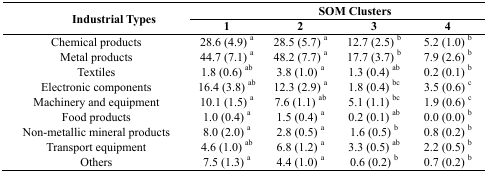
<table><thead><tr><td rowspan="2"><b>Industrial Types</b></td><td colspan="4"><b>SOM Clusters</b></td></tr><tr><td><b>1</b></td><td><b>2</b></td><td><b>3</b></td><td><b>4</b></td></tr></thead><tbody><tr><td>Chemical products</td><td>28.6 (4.9) <sup>a</sup></td><td>28.5 (5.7) <sup>a</sup></td><td>12.7 (2.5) <sup>b</sup></td><td>5.2 (1.0) <sup>b</sup></td></tr><tr><td>Metal products</td><td>44.7 (7.1) <sup>a</sup></td><td>48.2 (7.7) <sup>a</sup></td><td>17.7 (3.7) <sup>b</sup></td><td>7.9 (2.6) <sup>b</sup></td></tr><tr><td>Textiles</td><td>1.8 (0.6) <sup>ab</sup></td><td>3.8 (1.0) <sup>a</sup></td><td>1.3 (0.4) <sup>ab</sup></td><td>0.2 (0.1) <sup>b</sup></td></tr><tr><td>Electronic components</td><td>16.4 (3.8) <sup>ab</sup></td><td>12.3 (2.9) <sup>a</sup></td><td>1.8 (0.4) <sup>bc</sup></td><td>3.5 (0.6) <sup>c</sup></td></tr><tr><td>Machinery and equipment</td><td>10.1 (1.5) <sup>a</sup></td><td>7.6 (1.1) <sup>ab</sup></td><td>5.1 (1.1) <sup>bc</sup></td><td>1.9 (0.6) <sup>c</sup></td></tr><tr><td>Food products</td><td>1.0 (0.4) <sup>a</sup></td><td>1.5 (0.4) <sup>a</sup></td><td>0.2 (0.1) <sup>ab</sup></td><td>0.0 (0.0) <sup>b</sup></td></tr><tr><td>Non-metallic mineral products</td><td>8.0 (2.0) <sup>a</sup></td><td>2.8 (0.5) <sup>a</sup></td><td>1.6 (0.5) <sup>b</sup></td><td>0.8 (0.2) <sup>b</sup></td></tr><tr><td>Transport equipment</td><td>4.6 (1.0) <sup>ab</sup></td><td>6.8 (1.2) <sup>a</sup></td><td>3.3 (0.5) <sup>ab</sup></td><td>2.2 (0.5) <sup>b</sup></td></tr><tr><td>Others</td><td>7.5 (1.3) <sup>a</sup></td><td>4.4 (1.0) <sup>a</sup></td><td>0.6 (0.2) <sup>b</sup></td><td>0.7 (0.2) <sup>b</sup></td></tr></tbody></table>